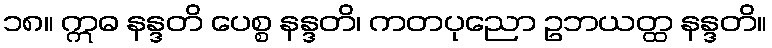
၁၈။ ဣဓ နန္ဒတိ ပေစ္စ နန္ဒတိ၊ ကတပုညော ဥဘယတ္ထ နန္ဒတိ။